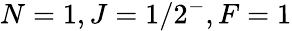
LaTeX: N=1,J=1/2^{-},F=1